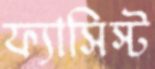
ফ্যাসিস্ট